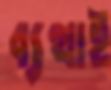
ব্যথাই